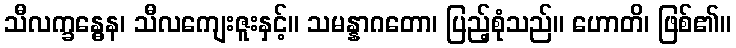
သီလက္ခန္ဓေန၊ သီလကျေးဇူးနှင့်။ သမန္နာဂတော၊ ပြည့်စုံသည်။ ဟောတိ၊ ဖြစ်၏။